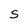
Character: S